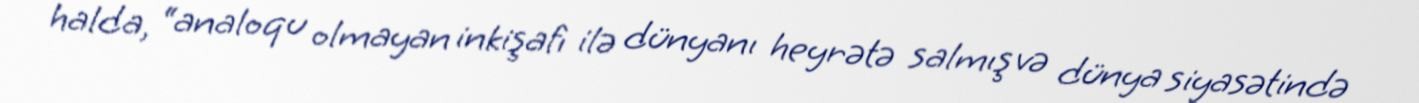
halda, “analoqu olmayan inkişafı ilə dünyanı heyrətə salmış və dünya siyasətində